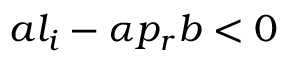
a l _ { i } - \alpha p _ { r } b < 0